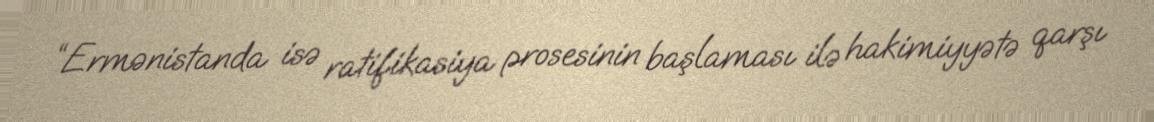
“Ermənistanda isə ratifikasiya prosesinin başlaması ilə hakimiyyətə qarşı